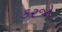
કરજો